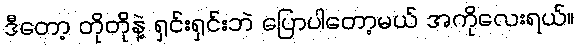
ဒီတော့ တိုတိုနဲ့ ရှင်းရှင်းဘဲ ပြောပါတော့မယ် အကိုလေးရယ်။